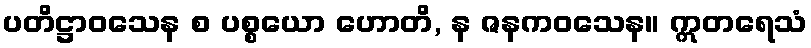
ပတိဋ္ဌာဝသေန စ ပစ္စယော ဟောတိ, န ဇနကဝသေန။ ဣတရေသံ